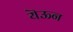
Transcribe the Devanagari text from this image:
यॆऊन